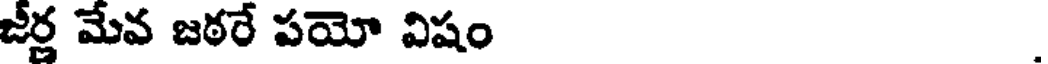
జీర్ణ మేవ జఠరే పయో విషం